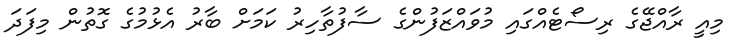
މިއީ ރާއްޖޭގެ ރިސޯޓެއްގައި މުވައްޒަފުންގެ ސާފުތާހިރު ކަމަށް ބާރު އެޅުމުގެ ގޮތުން މިފަދަ